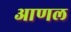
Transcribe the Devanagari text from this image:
आणल